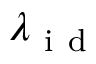
\lambda _ { \mathrm { ~ i ~ d ~ } }